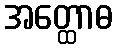
အတ္ထောဓ